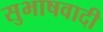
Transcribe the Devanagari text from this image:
सुभाषवादी